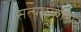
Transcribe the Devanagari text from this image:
सत्‍यप्रकाश